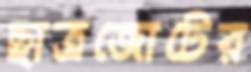
ছাত্রজোটের